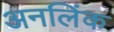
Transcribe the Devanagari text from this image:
अनलिंक